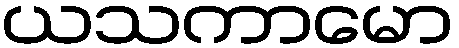
ယသကာမော